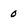
Character: 0